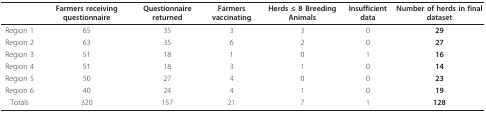
<table><thead><tr><td></td><td><b>Farmers receiving questionnaire</b></td><td><b>Questionnaire returned</b></td><td><b>Farmers vaccinating</b></td><td><b>Herds ≤ 8 Breeding Animals</b></td><td><b>Insufficient data</b></td><td><b>Number of herds in final dataset</b></td></tr></thead><tbody><tr><td>Region 1</td><td>65</td><td>35</td><td>3</td><td>3</td><td>0</td><td><b>29</b></td></tr><tr><td>Region 2</td><td>63</td><td>35</td><td>6</td><td>2</td><td>0</td><td><b>27</b></td></tr><tr><td>Region 3</td><td>51</td><td>18</td><td>1</td><td>0</td><td>1</td><td><b>16</b></td></tr><tr><td>Region 4</td><td>51</td><td>18</td><td>3</td><td>1</td><td>0</td><td><b>14</b></td></tr><tr><td>Region 5</td><td>50</td><td>27</td><td>4</td><td>0</td><td>0</td><td><b>23</b></td></tr><tr><td>Region 6</td><td>40</td><td>24</td><td>4</td><td>1</td><td>0</td><td><b>19</b></td></tr><tr><td>Totals</td><td>320</td><td>157</td><td>21</td><td>7</td><td>1</td><td><b>128</b></td></tr></tbody></table>